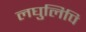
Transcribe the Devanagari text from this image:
लघुलिपि